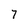
Character: 7